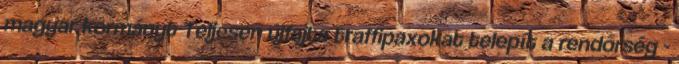
magyar kormányt Teljesen újfajta traffipaxokat telepít a rendőrség -